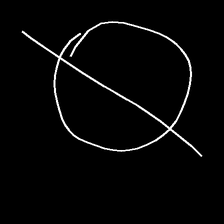
Glyph: orb